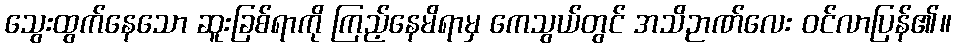
သွေးထွက်နေသော ဆူးခြစ်ရာကို ကြည့်နေမိရာမှ ကေသွယ်တွင် အသိဉာဏ်လေး ဝင်လာပြန်၏။